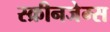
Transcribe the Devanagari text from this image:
स्क्रीनजेम्स